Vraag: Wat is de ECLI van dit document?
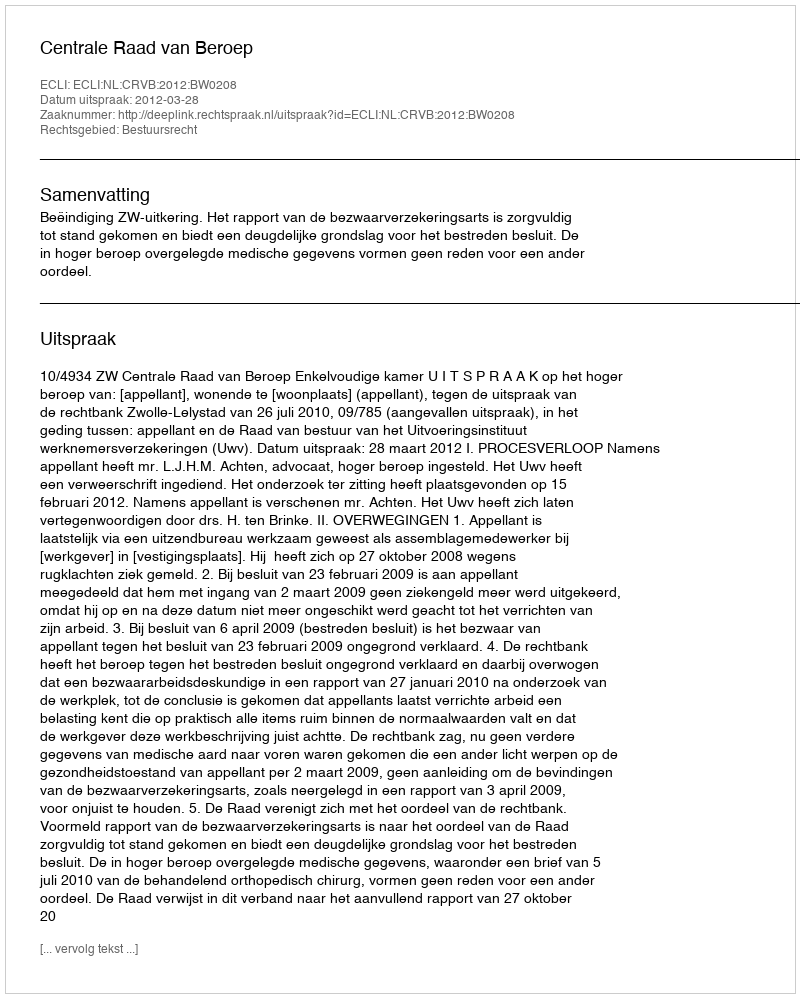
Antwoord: ECLI:NL:CRVB:2012:BW0208